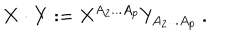
LaTeX: { \bf X } \cdot { \bf Y } : = X ^ { A _ { 2 } . . . A _ { p } } Y _ { A _ { 2 } . . . A _ { p } } \ .